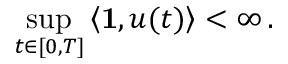
\operatorname* { s u p } _ { t \in [ 0 , T ] } \left\langle \mathbf { 1 } , u ( t ) \right\rangle < \infty \, .